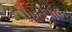
પાતગઢ